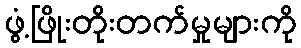
ဖွံ့ဖြိုးတိုးတက်မှုများကို